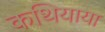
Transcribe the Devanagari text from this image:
कथियाया